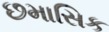
છમાસિક